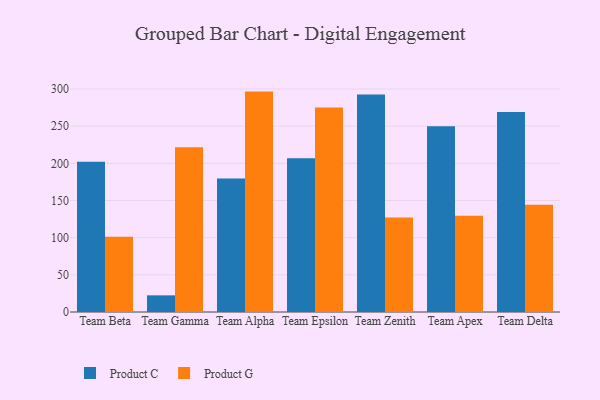
{"axis": {"x": "Team", "y": "Tickets Resolved"}, "legend": ["Product C", "Product G"], "data": [{"x": "Team Beta", "y": 202.0, "type": "Product C"}, {"x": "Team Beta", "y": 101.2, "type": "Product G"}, {"x": "Team Gamma", "y": 22.4, "type": "Product C"}, {"x": "Team Gamma", "y": 221.5, "type": "Product G"}, {"x": "Team Alpha", "y": 179.7, "type": "Product C"}, {"x": "Team Alpha", "y": 296.5, "type": "Product G"}, {"x": "Team Epsilon", "y": 206.7, "type": "Product C"}, {"x": "Team Epsilon", "y": 275.0, "type": "Product G"}, {"x": "Team Zenith", "y": 292.6, "type": "Product C"}, {"x": "Team Zenith", "y": 127.1, "type": "Product G"}, {"x": "Team Apex", "y": 249.8, "type": "Product C"}, {"x": "Team Apex", "y": 129.6, "type": "Product G"}, {"x": "Team Delta", "y": 269.1, "type": "Product C"}, {"x": "Team Delta", "y": 144.2, "type": "Product G"}]}